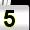
Digit: 5